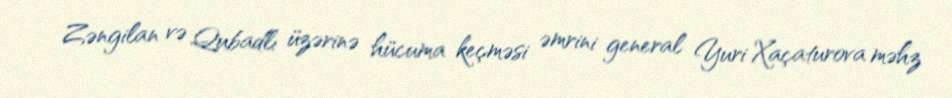
Zəngilan və Qubadlı üzərinə hücuma keçməsi əmrini general Yuri Xaçaturova məhz